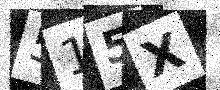
Text: 515X